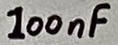
Text: 100nF